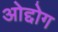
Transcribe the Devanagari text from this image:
ओद्दोग